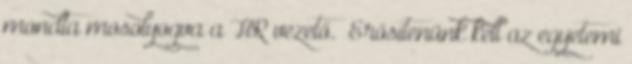
mondta mosolyogva a HR vezető. „Erősítenünk kell az egyetemi